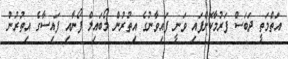
އަތްމަތީ ދަބަސް ފަރުމާކޮށްފައި ވަނީ ފައިވާނުގެ އިތުރުން މޯބައިލް ފޯނާއި ފައިސާގެ އިތުރުން